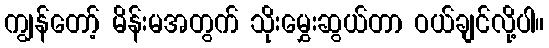
ကျွန်တော့် မိန်းမအတွက် သိုးမွှေးဆွယ်တာ ဝယ်ချင်လို့ပါ။